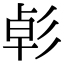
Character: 𢒛